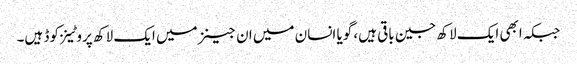
جبکہ ابھی ایک لاکھ جین باقی ہیں، گویا انسان میں ان جینز میں ایک لاکھ پروٹینز کوڈ ہیں۔